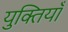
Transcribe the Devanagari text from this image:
युक्‍तियॉं